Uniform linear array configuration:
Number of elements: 64
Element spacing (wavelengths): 0.75
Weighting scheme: cosine
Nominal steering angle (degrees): -60
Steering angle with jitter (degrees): -59.184
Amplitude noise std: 0.05
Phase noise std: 0.05

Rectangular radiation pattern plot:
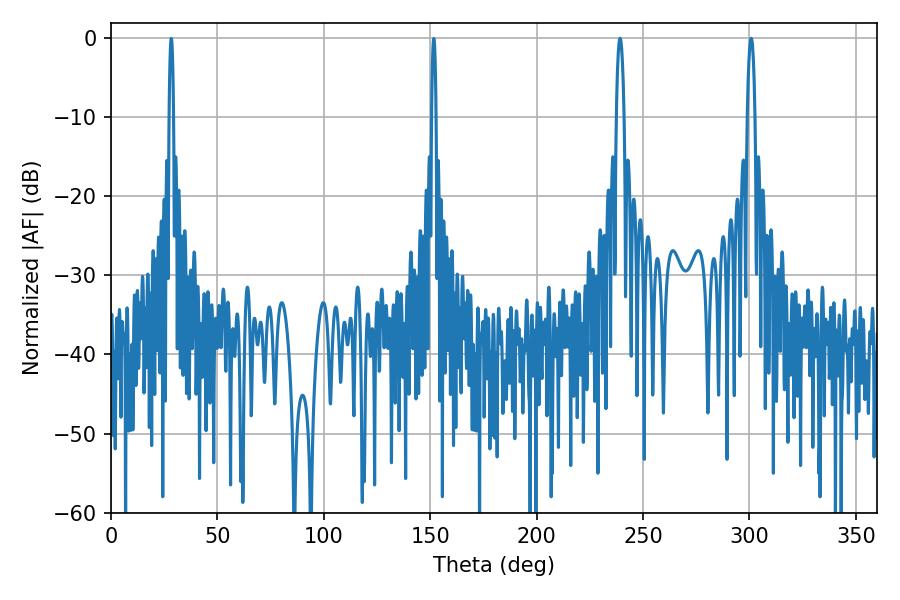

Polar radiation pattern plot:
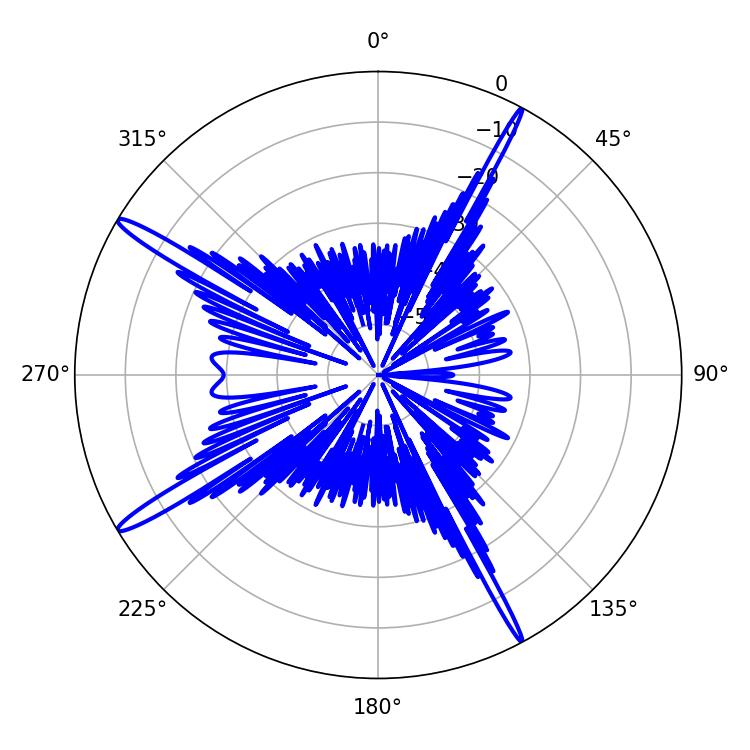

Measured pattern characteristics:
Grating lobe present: TRUE
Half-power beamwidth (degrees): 1.98
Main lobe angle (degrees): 300.78